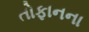
તોફાનના